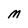
Character: M